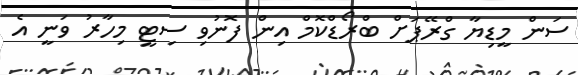
ސަން މީޑިޔާ ގްރޭޕަށް ބްރޯޑްކޮމް އިން ފޮނުވި ސިޓީ މިހާރު ވަނީ އެ